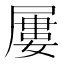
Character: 屢